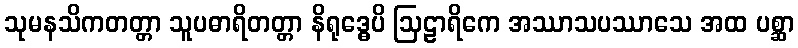
သုမနသိကတတ္တာ သူပဓာရိတတ္တာ နိရုဒ္ဓေပိ ဩဠာရိကေ အဿာသပဿာသေ အထ ပစ္ဆာ